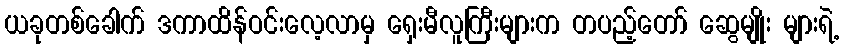
ယခုတစ်ခေါက် ဒကာထိန်ဝင်းလေ့လာမှ ရှေးမီလူကြီးများက တပည့်တော် ဆွေမျိုး များရဲ့